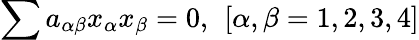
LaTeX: \sum a_{\alpha\beta}x_{\alpha}x_{\beta}=0,\ \left[\alpha,\beta=1,2,3,4\right]